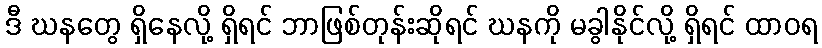
ဒီ ဃနတွေ ရှိနေလို့ ရှိရင် ဘာဖြစ်တုန်းဆိုရင် ဃနကို မခွါနိုင်လို့ ရှိရင် ထာဝရ